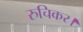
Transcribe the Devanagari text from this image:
रुचिकर।